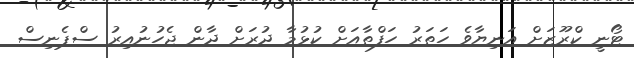
ޓޯނީ ކްރޫޒަށް އަނިޔާވެ ހަތަރު ހަފްތާއަށް ކުޅުމާ ދުރަށް ދާން ޖެހުނުއިރު ސްޕެނިސް